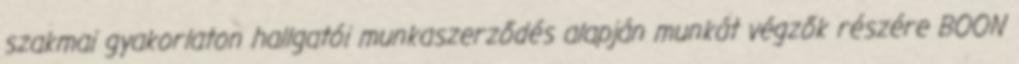
szakmai gyakorlaton hallgatói munkaszerződés alapján munkát végzők részére BOON